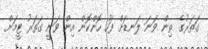
ގަތަރުގެ ތިން ވަނަ ލަނޑަށް ފަހު ހޮންކޮން އިން ވަނީ ގަތަރު ޓީމަށް